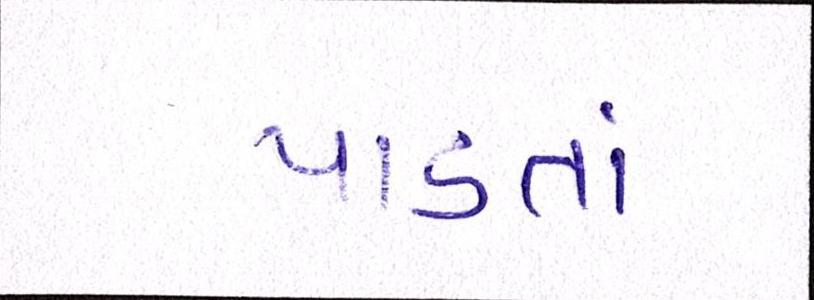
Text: પાડતાં